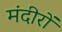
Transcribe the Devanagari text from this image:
मंदीरों